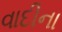
વાદીના